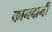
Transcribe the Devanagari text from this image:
कानदानी